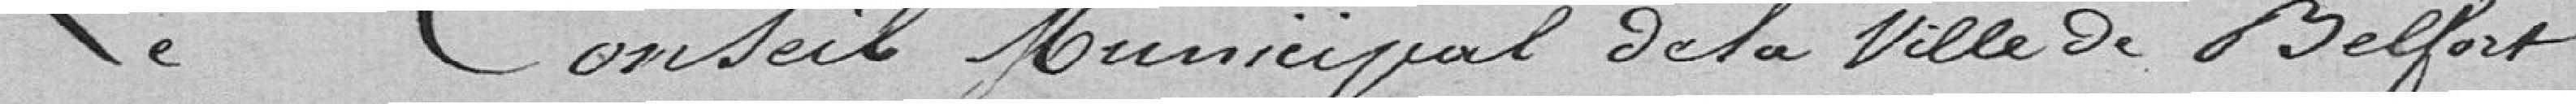
Le Conseil Municipal de la Ville de Belfort